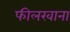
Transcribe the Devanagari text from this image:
फीलखाना